Vaccination in the Punjab 1919-1929 - 1919-1929
Year: 1919
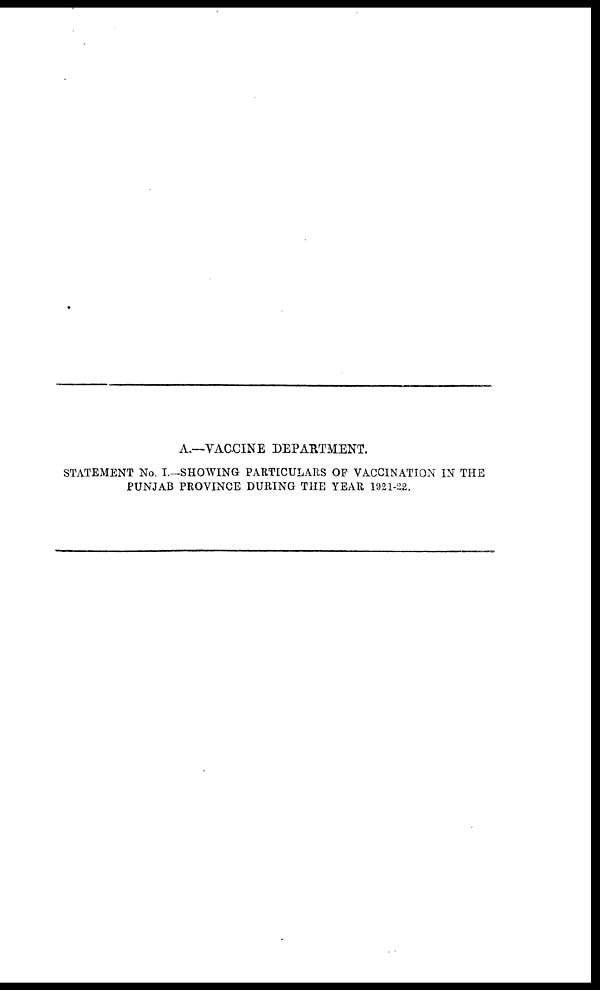
A.—VACCINE DEPARTMENT.
STATEMENT No. I.—SHOWING PARTICULARS OF VACCINATION IN THE
PUNJAB PROVINCE DURING THE YEAR 1921-22.